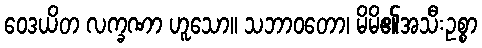
ဝေဒယိတ လက္ခဏာ ဟူသော။ သဘာဝတော၊ မိမိ၏အသီးဥစ္စာ